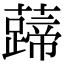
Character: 𧀰